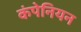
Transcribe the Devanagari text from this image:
कंपेनियन